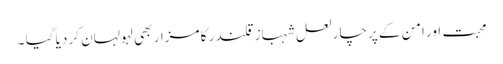
محبت اور امن کے پرچار لعل شہباز قلندر کا مزار بھی لہولہان کر دیا گیا ۔